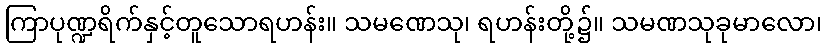
ကြာပုဏ္ဍရိက်နှင့်တူသောရဟန်း။ သမဏေသု၊ ရဟန်းတို့၌။ သမဏသုခုမာလော၊